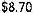
$8.70